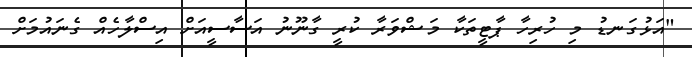
"އަޅުގަނޑު މި ހުރިހާ ޕާޓީތަކާ މަޝްވަރާ ކުރީ ގާނޫނު އަސާސީއަށް އިސްލާހެއް ގެނައުމަށް